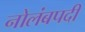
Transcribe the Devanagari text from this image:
नोलंबपदी